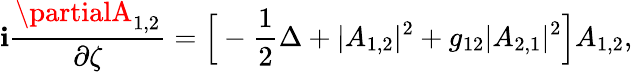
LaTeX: \mathbf{i}\frac{{\partialA_{1,2}}}{{\partial\zeta}}=\Big[-\frac{{1}}{{2}}\Delta+|A_{1,2}|^{2}+g_{12}|A_{2,1}|^{2}\Big]A_{1,2},